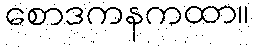
စောဒကနကထာ။